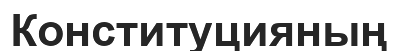
Конституцияның